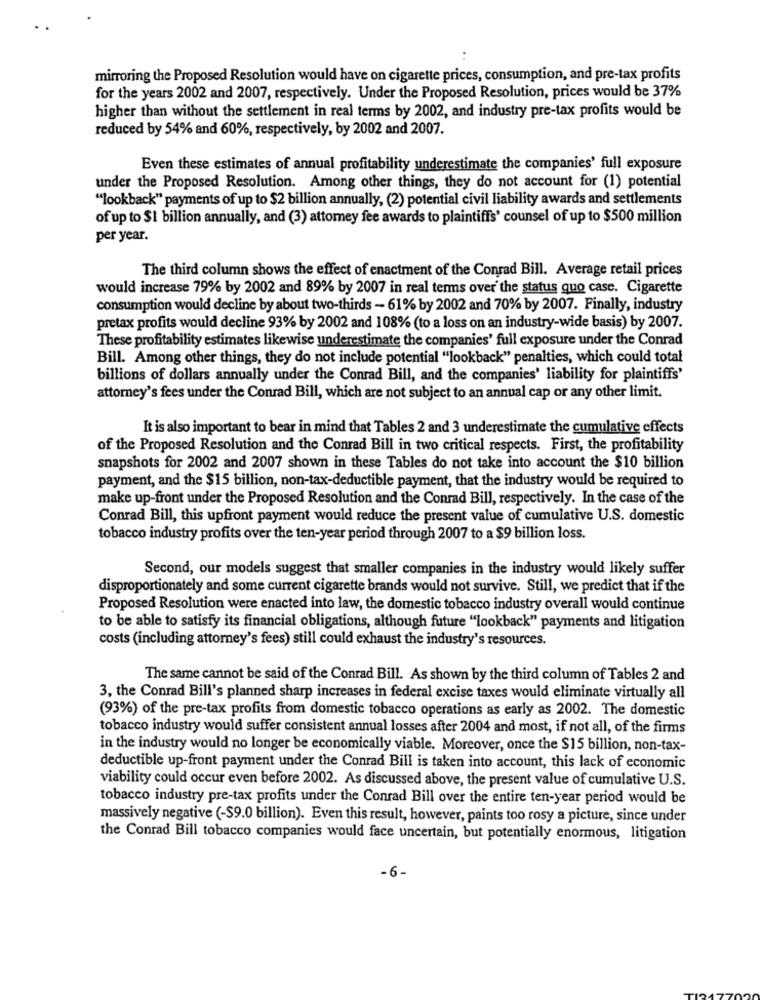
mirroring the Proposed Resolution would have on cigarette prices, consumption, and pre-tax profits
for the years 2002 and 2007, respectively. Under the Proposed Resolution, prices would be 37%
higher than without the settlement in real terms by 2002, and industry pre-tax profits would be
reduced by 54% and 60%, respectively, by 2002 and 2007.
Even these estimates of annual profitability underestimate the companies' full exposure
under the Proposed Resolution. Among other things, they do not account for (1) potential
"lookback" payments of up to $2 billion annually, (2) potential civil liability awards and settlements
of up to $1 billion annually, and (3) attorney fee awards to plaintiffs' counsel of up to $500 million
per year.
The third column shows the effect of enactment of the Conrad Bill. Average retail prices
would increase 79% by 2002 and 89% by 2007 in real terms over' the status quo case. Cigarette
consumption would decline by about two-thirds - 61% by 2002 and 70% by 2007. Finally, industry
pretax profits would decline 93% by 2002 and 108% (to a loss on an industry-wide basis) by 2007.
These profitability estimates likewise underestimate the companies' full exposure under the Conrad
Bill. Among other things, they do not include potential "lookback" penalties, which could total
billions of dollars annually under the Conrad Bill, and the companies' liability for plaintiffs'
attorney's fees under the Conrad Bill, which are not subject to an annual cap or any other limit.
It is also important to bear in mind that Tables 2 and 3 underestimate the cumulative effects
of the Proposed Resolution and the Conrad Bill in two critical respects. First, the profitability
snapshots for 2002 and 2007 shown in these Tables do not take into account the $10 billion
payment, and the $15 billion, non-tax-deductible payment, that the industry would be required to
make up-front under the Proposed Resolution and the Conrad Bill, respectively. In the case of the
Conrad Bill, this upfront payment would reduce the present value of cumulative U.S. domestic
tobacco industry profits over the ten-year period through 2007 to a $9 billion loss.
Second, our models suggest that smaller companies in the industry would likely suffer
disproportionately and some current cigarette brands would not survive. Still, we predict that if the
Proposed Resolution were enacted into law, the domestic tobacco industry overall would continue
to be able to satisfy its financial obligations, although future "lookback" payments and litigation
costs (including attorney's fees) still could exhaust the industry's resources.
The same cannot be said of the Conrad Bill. As shown by the third column of Tables 2 and
3, the Conrad Bill's planned sharp increases in federal excise taxes would eliminate virtually all
(93%) of the pre-tax profits from domestic tobacco operations as early as 2002. The domestic
tobacco industry would suffer consistent annual losses after 2004 and most, if not all, of the firms
in the industry would no longer be economically viable. Moreover, once the $15 billion, non-tax-
deductible up-front payment under the Conrad Bill is taken into account, this lack of economic
viability could occur even before 2002. As discussed above, the present value of cumulative U.S.
tobacco industry pre-tax profits under the Conrad Bill over the entire ten-year period would be
massively negative (-$9.0 billion). Even this result, however, paints too rosy a picture, since under
the Conrad Bill tobacco companies would face uncertain, but potentially enormous, litigation
-6-